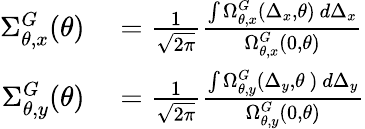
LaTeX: \begin{array}{rl}{\Sigma_{\theta,x}^{G}(\theta)}&{{}=\frac{1}{\sqrt{2\pi}}\frac{\int\Omega_{\theta,x}^{G}(\Delta_{x},\theta)\ d\Delta_{x}}{\Omega_{\theta,x}^{G}(0,\theta)}}\\ {\Sigma_{\theta,y}^{G}(\theta)}&{{}=\frac{1}{\sqrt{2\pi}}\frac{\int\Omega_{\theta,y}^{G}(\Delta_{y},\theta\ )\ d\Delta_{y}}{\Omega_{\theta,y}^{G}(0,\theta)}}\end{array}